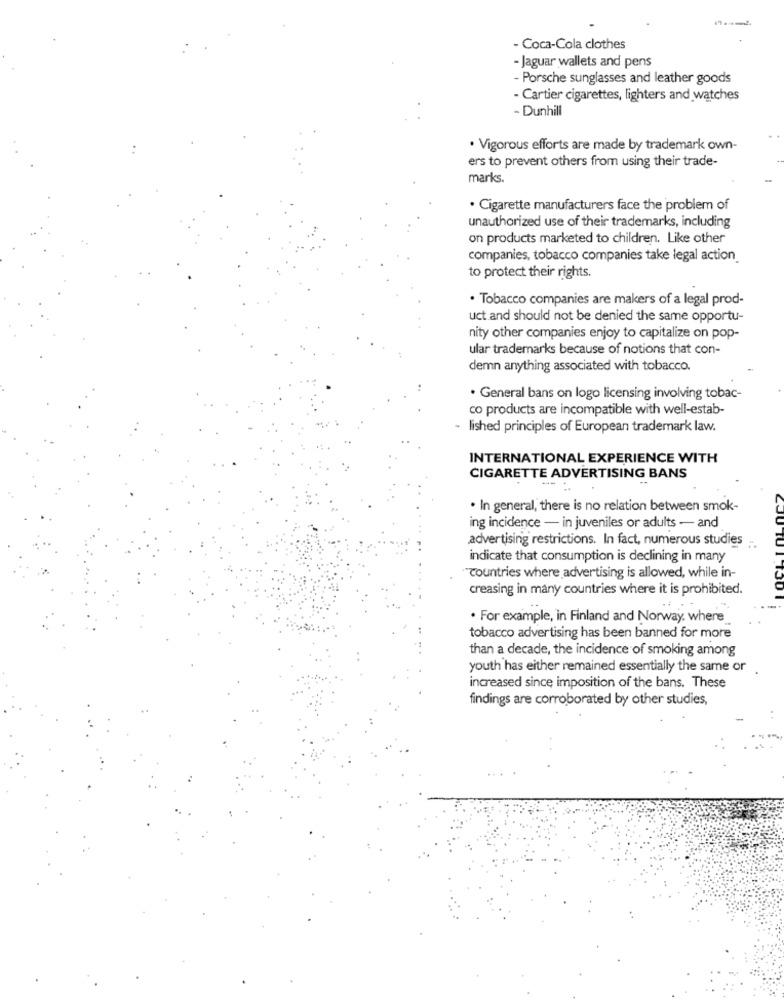
- Coca-Cola clothes
- Jaguar wallets and pens
- Porsche sunglasses and leather goods
- Cartier cigarettes, lighters and watches
- Dunhill
· Vigorous efforts are made by trademark own-
ers to prevent others from using their trade-
marks.
. Cigarette manufacturers face the problem of
unauthorized use of their trademarks, including
on products marketed to children. Like other
companies, tobacco companies take legal action
to protect their rights.
· Tobacco companies are makers of a legal prod-
uct and should not be denied the same opportu-
nity other companies enjoy to capitalize on pop-
ular trademarks because of notions that con-
demn anything associated with tobacco.
· General bans on logo licensing involving tobac-
co products are incompatible with well-estab-
- lished principles of European trademark law.
INTERNATIONAL EXPERIENCE WITH
CIGARETTE ADVERTISING BANS
. In general, there is no relation between smok-
ing incidence - in juveniles or adults - and
advertising restrictions. In fact, numerous studies
indicate that consumption is declining in many
"Countries where advertising is allowed, while in-
creasing in many countries where it is prohibited.
. For example, in Finland and Norway, where
tobacco advertising has been banned for more
than a decade, the incidence of smoking among
youth has either remained essentially the same or
increased since imposition of the bans. These
findings are corroborated by other studies,